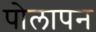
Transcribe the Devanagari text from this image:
पोलापन